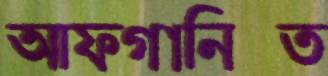
আফগানিস্ত